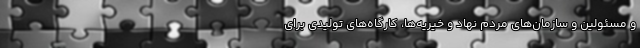
و مسئولین و سازمان‌های مردم نهاد و خیریه‌ها، کارگاه‌های تولیدی برای